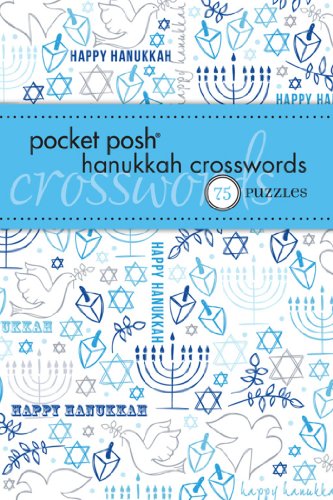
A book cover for Pocket Posh Hanukkah Crosswords: 75 Puzzles; The Puzzle Society; Religion & Spirituality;